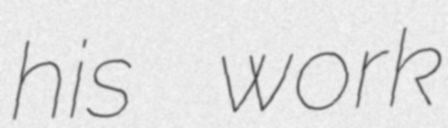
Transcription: his work